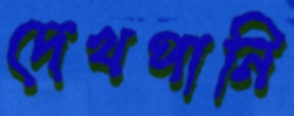
দেখপানি